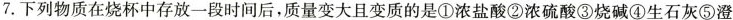
7.下列物质在烧杯中存放一段时间后，质量变大且变质的是①浓盐酸②浓硫酸③烧碱④生石灰⑤澄